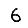
Digit: 6